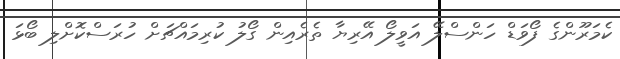
ކެމަރޫންގެ ފޯވަޑް ހަންސްލޭ އަވީލޯ އޭރިޔާ ތެރެއިން ގޯލު ކުރިމައްޗަށް ހުރަސްކޮށްލި ބޯޅަ